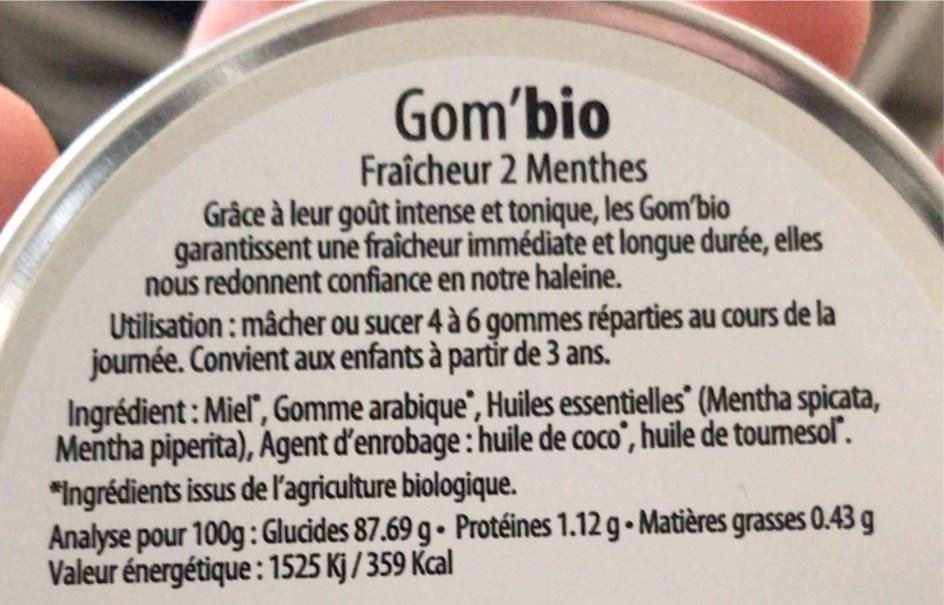
Gom'bio
Fraîcheur 2 Menthes Grâce à leur goût intense et tonique, les Gom'bio
garantissent une fraîcheur immédiate et longue durée, elles
nous redonnent confiance en notre haleine. Utilisation: mâcher ou sucer 4 à 6 gommes réparties au cours de la joumée. Convient aux enfants à partir de 3 ans. Ingrédient: Miel", Gomme arabique", Huiles essentielles (Mentha spicata, Mentha piperita), Agent d'enrobage : huile de coco", huile de tourmesol". "Ingrédients issus de l'agriculture biologique. Analyse pour 100g: Glucides 87.69 g • Protéines 1.12 g • Matières grasses 0.43 g Valeur énergétique : 1525 Kj / 359 Kcal